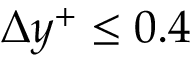
\Delta y ^ { + } \leq 0 . 4